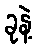
ခုနဲ့